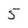
Character: 5